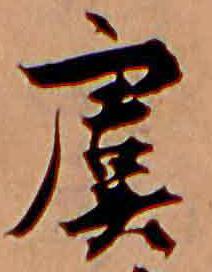
虞